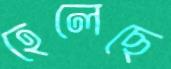
হেলেছে